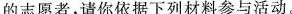
的志愿者，请你依据下列材料参与活动。